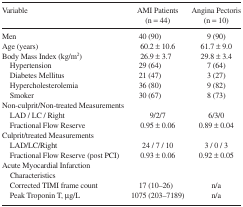
<table><thead><tr><td><b>Variable</b></td><td><b>AMI Patients(n = 44)</b></td><td><b>Angina Pectoris(n = 10)</b></td></tr></thead><tbody><tr><td>Men</td><td>40 (90)</td><td>9 (90)</td></tr><tr><td>Age (years)</td><td>60.2 ± 10.6</td><td>61.7 ± 9.0</td></tr><tr><td>Body Mass Index (kg/m<sup>2</sup>)</td><td>26.9 ± 3.7</td><td>29.8 ± 3.4</td></tr><tr><td> Hypertension</td><td>29 (64)</td><td>7 (64)</td></tr><tr><td> Diabetes Mellitus</td><td>21 (47)</td><td>3 (27)</td></tr><tr><td> Hypercholesterolemia</td><td>36 (80)</td><td>9 (82)</td></tr><tr><td> Smoker</td><td>30 (67)</td><td>8 (73)</td></tr><tr><td>Non-culprit/Non-treated Measurements</td><td></td><td></td></tr><tr><td> LAD / LC / Right</td><td>9/2/7</td><td>6/3/0</td></tr><tr><td> Fractional Flow Reserve</td><td>0.95 ± 0.06</td><td>0.89 ± 0.04</td></tr><tr><td>Culprit/treated Measurements</td><td></td><td></td></tr><tr><td> LAD/LC/Right</td><td>24 / 7 / 10</td><td>3 / 0 / 3</td></tr><tr><td> Fractional Flow Reserve (post PCI)</td><td>0.93 ± 0.06</td><td>0.92 ± 0.05</td></tr><tr><td>Acute Myocardial Infarction Characteristics</td><td></td><td></td></tr><tr><td> Corrected TIMI frame count</td><td>17 (10–26)</td><td>n/a</td></tr><tr><td> Peak Troponin T, μg/L</td><td>1075 (203–7189)</td><td>n/a</td></tr></tbody></table>